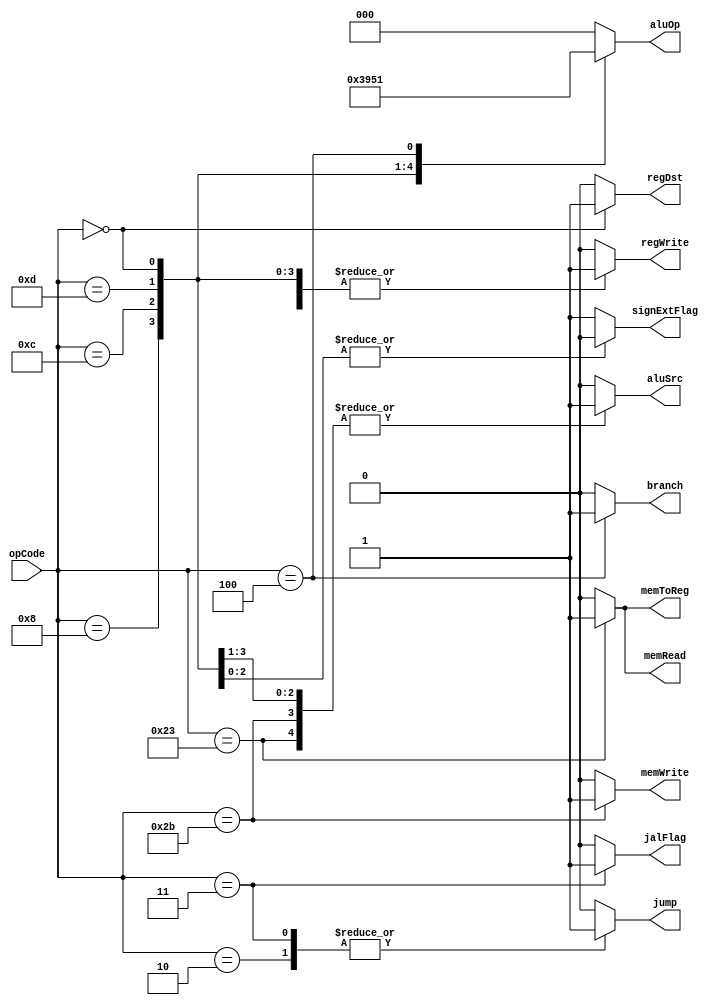
`timescale 1ns / 1ps
//////////////////////////////////////////////////////////////////////////////////
// Company: 
// Engineer: 
// 
// Design Name: 
// Module Name: Ctr
// Project Name: 
// Target Devices: 
// Tool Versions: 
// Description: 
// 
// Dependencies: 
// 
// Revision:
// Revision 0.01 - File Created
// Additional Comments:
// 
//////////////////////////////////////////////////////////////////////////////////
module Ctr(
    input [5:0] opCode,
    output reg regDst,
    output reg aluSrc,
    output reg memToReg,
    output reg regWrite,
    output reg memRead,
    output reg memWrite,
    output reg branch,
    output reg [2:0] aluOp,
    output reg jump,
    output reg signExtFlag,//add !
    output reg jalFlag
    );
    always @(opCode)//no conflict between two always !
    begin
        case(opCode)
            6'b000011:
            begin
                jalFlag = 1;
            end
            default:
            begin
                jalFlag = 0;
            end
        endcase
    end
    always @(opCode)
    begin
        case(opCode)
            6'b001000://addi
            begin
                regDst = 0;
                aluSrc = 1;
                memToReg = 0;
                regWrite = 1;
                memRead = 0;
                memWrite = 0;
                branch = 0;
                aluOp = 3'b011;
                jump = 0;
                signExtFlag = 1;
            end
            6'b001100://andi
            begin
                regDst = 0;//rt
                aluSrc = 1;//imm zero extend
                memToReg = 0;
                regWrite = 1;
                memRead = 0;
                memWrite = 0;
                branch = 0;
                aluOp = 3'b100;//TODO
                jump = 0;
                signExtFlag = 0;
            end
            6'b001101://ori
            begin
                regDst = 0;//rt
                aluSrc = 1;//imm zero extend
                memToReg = 0;
                regWrite = 1;
                memRead = 0;
                memWrite = 0;
                branch = 0;
                aluOp = 3'b101;//TODO
                jump = 0;
                signExtFlag = 0;//zero extend
            end
            6'b000000://R type
            begin
                regDst = 1;
                aluSrc = 0;
                memToReg = 0;
                regWrite = 1;
                memRead = 0;
                memWrite = 0;
                branch = 0;
                aluOp = 3'b010;
                jump = 0;
                signExtFlag = 0;//srl,sll !!!
                //signExtFlag = 1;no extend
            end
            6'b100011://load type
            begin
                regDst = 0;
                aluSrc = 1;
                memToReg = 1;
                regWrite = 1;
                memRead = 1;
                memWrite = 0;
                branch = 0;
                aluOp = 3'b000;
                jump = 0;
                signExtFlag = 1;
            end
            
            6'b101011://Store
            begin
                regDst = 0;//X
                aluSrc = 1;
                memToReg = 0;//X
                regWrite = 0;
                memRead = 0;
                memWrite = 1;
                branch = 0;
                aluOp = 3'b000;
                jump = 0;
                signExtFlag = 1;
            end
        
            6'b000100://beq
            begin
                regDst = 0;//X
                aluSrc = 0;
                memToReg = 0;//X
                regWrite = 0;
                memRead = 0;
                memWrite = 0;
                branch = 1;
                aluOp = 3'b001;
                jump = 0;
                signExtFlag = 1;
            end
            
            6'b000010://Jump
            begin
                regDst = 0;
                aluSrc = 0;
                memToReg = 0;
                regWrite = 0;
                memRead = 0;
                memWrite = 0;
                branch = 0;
                aluOp = 3'b000;
                jump = 1;
                signExtFlag = 1;
            end
            6'b000011://jal
            begin
                regDst = 0;
                aluSrc = 0;
                memToReg = 0;
                regWrite = 0;
                memRead = 0;
                memWrite = 0;
                branch = 0;
                aluOp = 3'b000;
                jump = 1;
                signExtFlag = 1;
            end
            default:
            begin
                regDst = 0;
                aluSrc = 0;
                memToReg = 0;
                regWrite = 0;
                memRead = 0;
                memWrite = 0;
                branch = 0;
                aluOp = 3'b000;
                jump = 0;
                signExtFlag = 1;
            end
        endcase
    end
endmodule